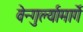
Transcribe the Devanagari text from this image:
वेन्गुर्ल्यामार्गे